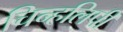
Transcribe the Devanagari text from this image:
चिन्हलिपी